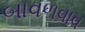
બાવળવાવ